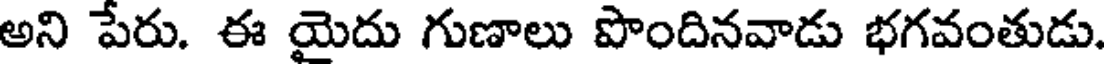
అని పేరు. ఈ యైదు గుణాలు పొందినవాడు భగవంతుడు